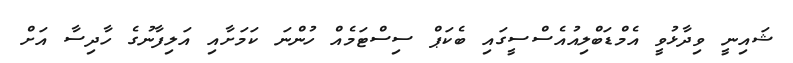
ޝައިނީ ވިދާޅުވީ އެމްޑަބްލިއުއެސްސީގައި ބެކަޕް ސިސްޓަމެއް ހުންނަ ކަމަށާއި އަލިފާނުގެ ހާދިސާ އަށް